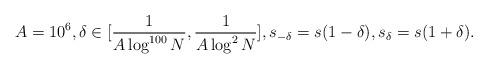
LaTeX: \begin{align*} A=10^6, \delta \in [ \frac{1}{A \log^{100} N}, \frac{1}{A \log^2 N}] , s_{-\delta}= s(1 - \delta ), s_{\delta}=s (1 + \delta ).\end{align*}